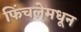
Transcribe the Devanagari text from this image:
फिंचलेमधून